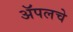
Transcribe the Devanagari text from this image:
ॲपलचे